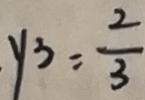
y 3 = \frac { 2 } { 3 }